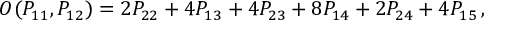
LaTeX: O ( P _ { 1 1 } , P _ { 1 2 } ) = 2 P _ { 2 2 } + 4 P _ { 1 3 } + 4 P _ { 2 3 } + 8 P _ { 1 4 } + 2 P _ { 2 4 } + 4 P _ { 1 5 } \, ,